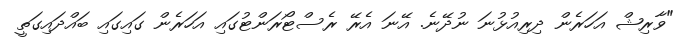
"ވާރިޝް އަހަރެން ދިރިއުޅުނަ ނުދޭނެ. އޭނަ އެރޭ ރެސްޓޯރަންޓުގައި އަހަރެން ގައިގައި ބައްދައިގަތީ